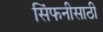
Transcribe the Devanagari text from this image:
सिंफनीसाठी